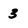
Character: 3